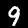
Label: 9